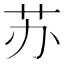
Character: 苏